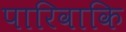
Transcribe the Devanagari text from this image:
पारिवाकि